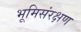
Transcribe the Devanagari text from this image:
भूमिसंरक्षण